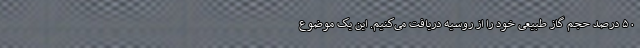
۵۰ درصد حجم گاز طبیعی خود را از روسیه دریافت می‌کنیم. این یک موضوع